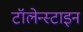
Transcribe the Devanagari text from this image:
टॉलेन्स्टाइन